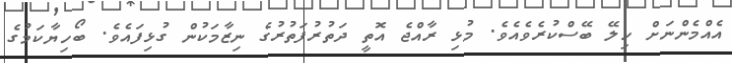
އެއްމެންނަށް ހިލޭ ބޭސްކުރެވެއެވެ. މުޅި ރާއްޖެ އޮތީ ދަތުރުފަތުރުގެ ނިޒާމަކުން ގުޅިފައެވެ. ބޯހިޔާކަމުގެ